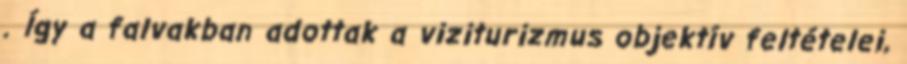
. Így a falvakban adottak a viziturizmus objektív feltételei,